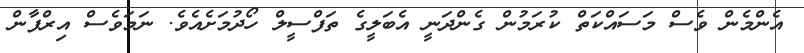
އެންމެން ވެސް މަސައްކަތް ކުރަމުން ގެންދަނީ އެބަލީގެ ތަފްސީލް ހޯދުމަށެއެވެ. ނަމަވެސް އިރްފާން